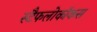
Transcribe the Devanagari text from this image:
स्टैफलोकॉकस